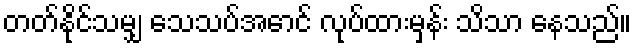
တတ်နိုင်သမျှ သေသပ်အောင် လုပ်ထားမှန်း သိသာ နေသည်။